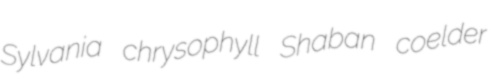
Sylvania chrysophyll Shaban coelder